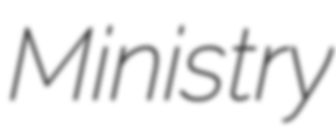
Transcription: Ministry